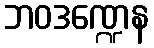
ဘဝဒဏ္ဍေန